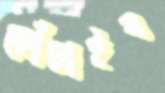
কোঁচাইব